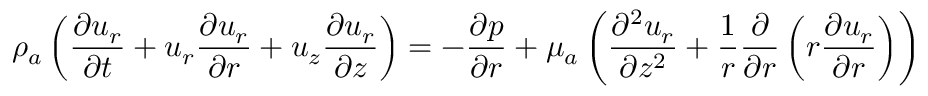
{ \rho } _ { a } \left( \frac { { \partial } { u } _ { r } } { { \partial } t } + { u } _ { r } \frac { { \partial } { u } _ { r } } { { \partial } r } + { u } _ { z } \frac { { \partial } { u } _ { r } } { { \partial } z } \right) = - \frac { { \partial } { p } } { { \partial } r } + { \mu } _ { a } \left( \frac { { \partial } ^ { 2 } { u } _ { r } } { { \partial } { z } ^ { 2 } } + \frac { 1 } { r } \frac { { \partial } } { { \partial } r } \left( r \frac { { \partial } { u } _ { r } } { { \partial } r } \right) \right)